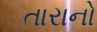
તારાનો